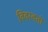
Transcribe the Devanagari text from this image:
विवस्वतो